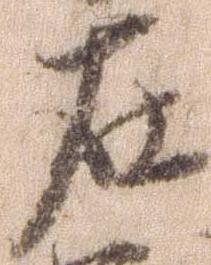
在